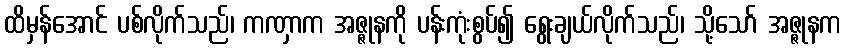
ထိမှန်အောင် ပစ်လိုက်သည်၊ ကဏှာက အဇ္ဇုနကို ပန်းကုံးစွပ်၍ ရွေးချယ်လိုက်သည်၊ သို့သော် အဇ္ဇုနက